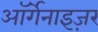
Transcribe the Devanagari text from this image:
ऑर्गेनाइज़र